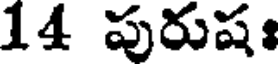
14 పురుషః